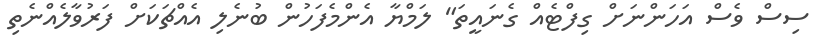
ސިސް ވެސް އަހަންނަށް ގިފްޓެއް ގެނައީތަ" ލަމްޔާ އެންމެފަހުން ބުނެލި އެއްޗަކަށް ފަރުވާލެއްނެތި